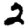
Digit: 2